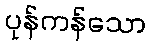
ပုန်ကန်သော